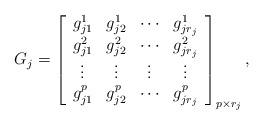
LaTeX: \begin{align*} G_j=\left[ {\begin{array}{*{20}{c}}{g_{j1}^1}&{g_{j2}^1}&{\cdots}&{g_{jr_j}^1}\\{g_{j1}^2}&{g_{j2}^2}&{\cdots}&{g_{jr_j}^2}\\{\vdots}&{\vdots}&{\vdots}&{\vdots}\\{g_{j1}^p}&{g_{j2}^p}&{\cdots}&{g_{jr_j}^p}\end{array}} \right]_{p\times r_j},\end{align*}